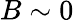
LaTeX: B\sim 0